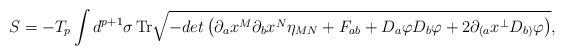
LaTeX: \begin{align*}S=- T_p \int d^{p+1}\sigma\,{\rm Tr}\sqrt{-det\left(\partial_ax^M\partial_bx^N\eta_{MN}+ F_{ab}+ D_a\varphi D_b\varphi+2\partial_{(a}x^\bot D_{b)}\varphi\right)},\end{align*}